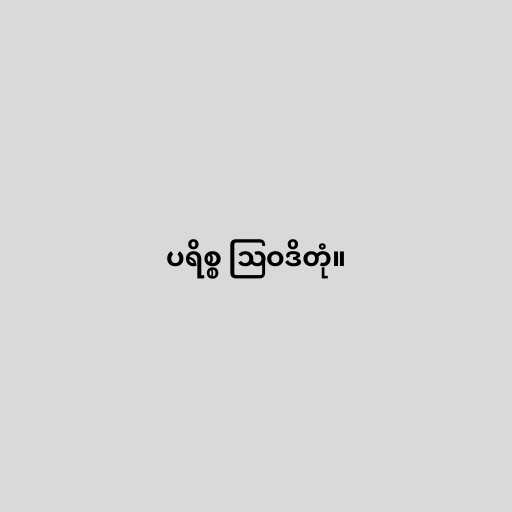
ပရိစ္စ ဩဝဒိတုံ။